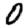
Digit: 0